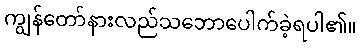
ကျွန်တော်နားလည်သဘောပေါက်ခဲ့ရပါ၏။